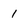
Character: 1